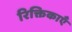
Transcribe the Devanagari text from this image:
रिक्तिकाएँ